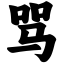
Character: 骂